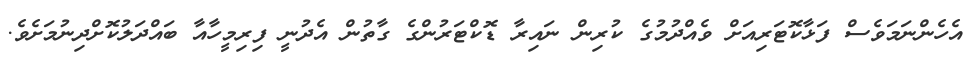
އެހެންނަމަވެސް ފަޅާކޮޓަރިއަށް ވެއްދުމުގެ ކުރިން ނައިރާ ޑޮކްޓަރުންގެ ގާތުން އެދުނީ ފިރިމީހާއާ ބައްދަލުކޮށްދިނުމަށެވެ.